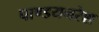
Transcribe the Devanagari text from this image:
पाण्डयनरेश